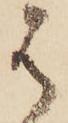
は